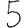
Digit: 5